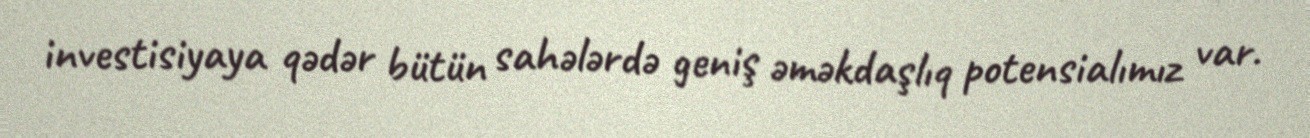
investisiyaya qədər bütün sahələrdə geniş əməkdaşlıq potensialımız var.